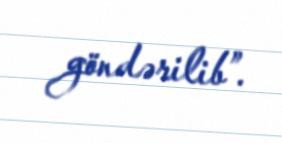
göndərilib”.